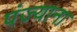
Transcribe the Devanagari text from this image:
पंज्याना